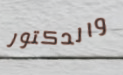
والدكتور